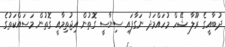
ދުބާއީގެ ރޫލާ ޝޭހް މުހައްމަދު ނަގާފައި ސިޔާސީ ގޮތުން އިޖުތިމާއީ ގޮތުން މަސައްކަތުގެ